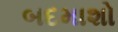
બદમાશો